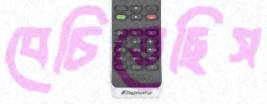
বেচিতেছিস